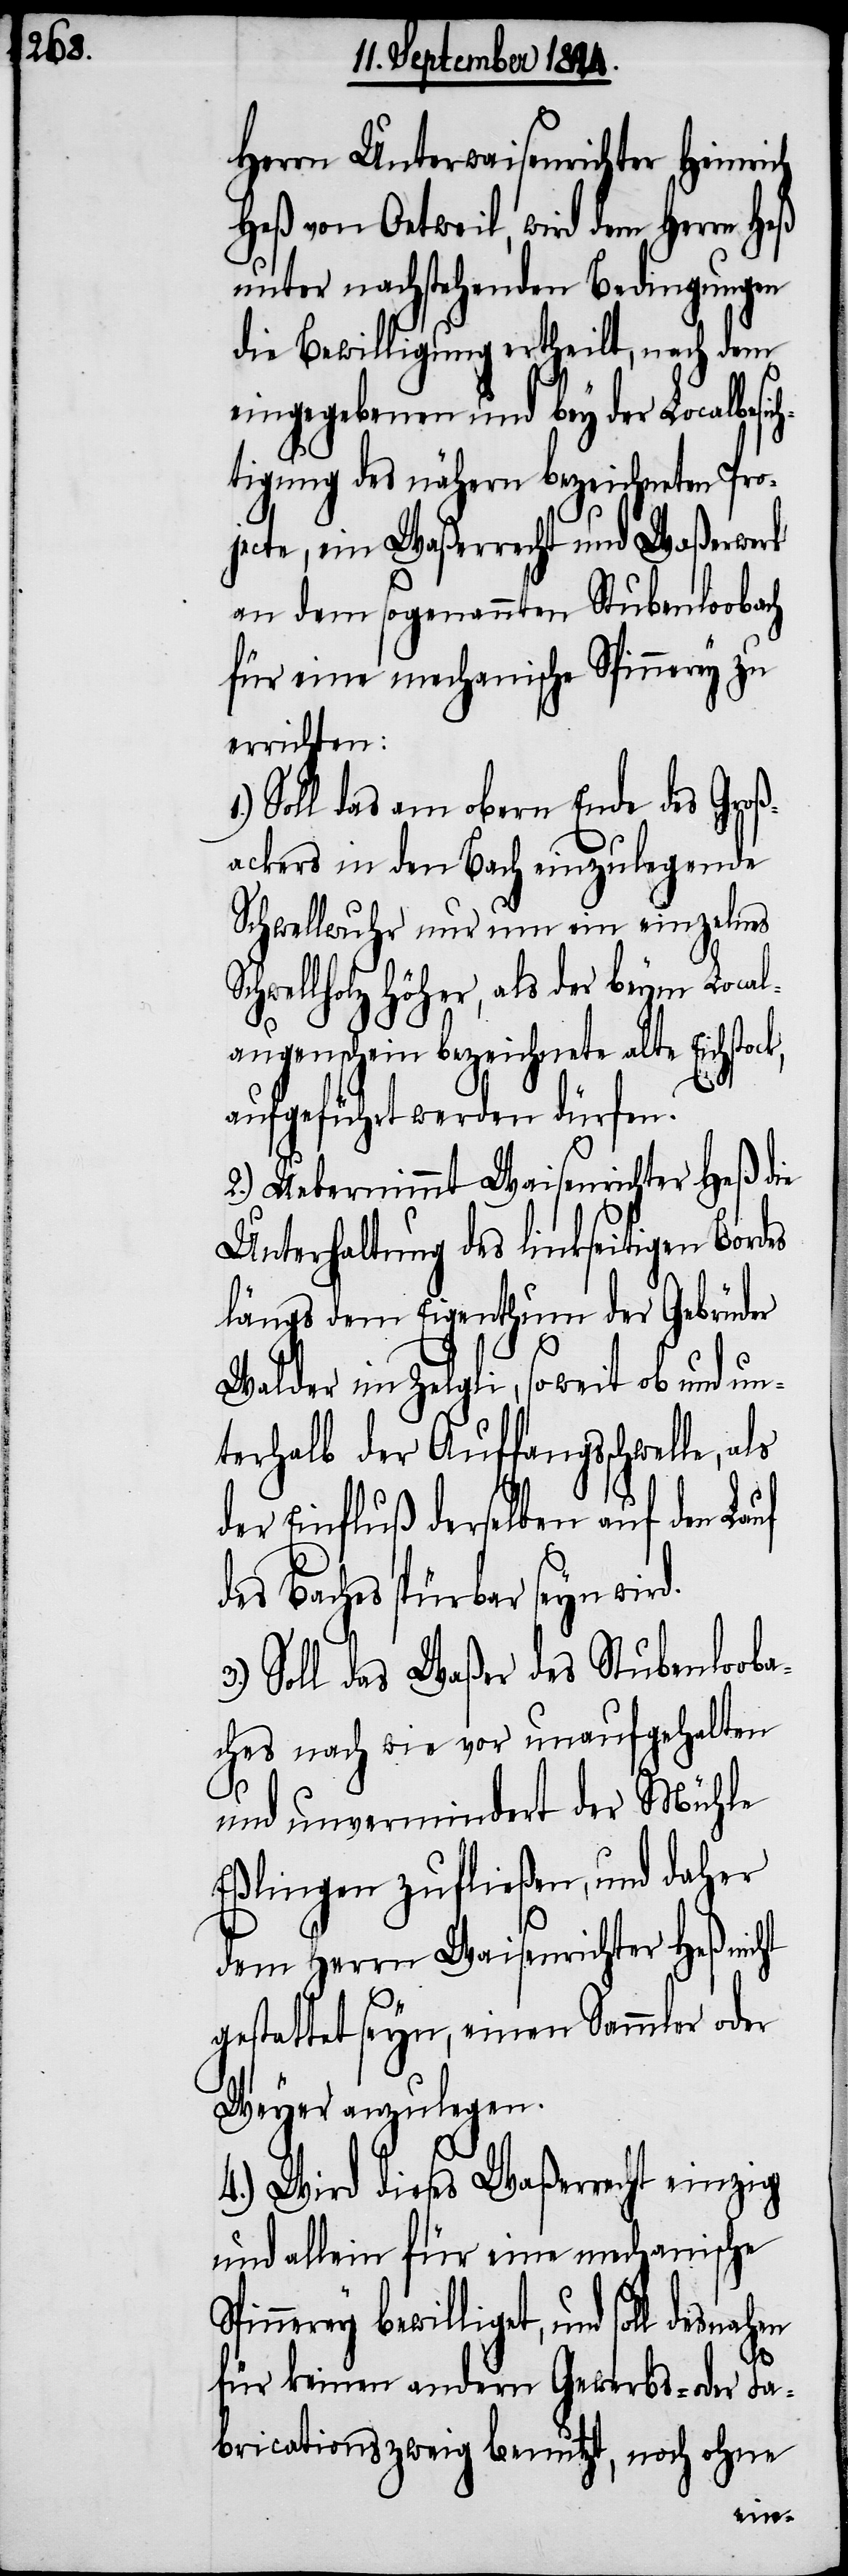
Herrn Unterwaisenrichter Heinrich
Heß von Oetweil, wird dem Herrn Heß
unter nachstehenden Bedingungen
die Bewilligung ertheilt, nach dem
eingegebenen und bey der Localbesi¬
tigung des nähern bezeichneten Pro¬
jecte, ein Waßerrecht und Waßerwerk
an dem sogenannten Stubenloobach
für eine mechanische Spinnerey zu
errichten:
Soll das am obern Ende des Groß¬
ackers in den Bach einzulegende
Schwellwuhr nur um ein einzelnes
Schwellholz höher, als der beym Local¬
augenschein bezeichnete alte
aufgeführt werden dürfen.
2.) Uebernimmt Waisenrichter Heß die
Unterhaltung des linkseitigen Bordes
längs dem Eigenthum der Gebrüder
Walder im Zelgli, soweit ob und un¬
terhalb der Auffangsschwelle, als
der Einfluß derselben auf den Lauf
des Baches spürbar seyn wird.
Soll das Waßer des Stubenlooba¬
ches nach wie vor unaufgehalten
und unvermindert der Mühle
Eßlingen zufließen, und daher
dem Herrn Waisenrichter Heß nicht
gestattet seyn, einen Sammler oder
Weyer anzulegen.
4.) Wird dieses Waßerrecht einzig
und allein für eine mechanische
pinnerey bewilliget, und soll
3.)
für keinen andern Gewerbs- oder Fa¬
bricationszweig benutzt, noch ohne
S¬